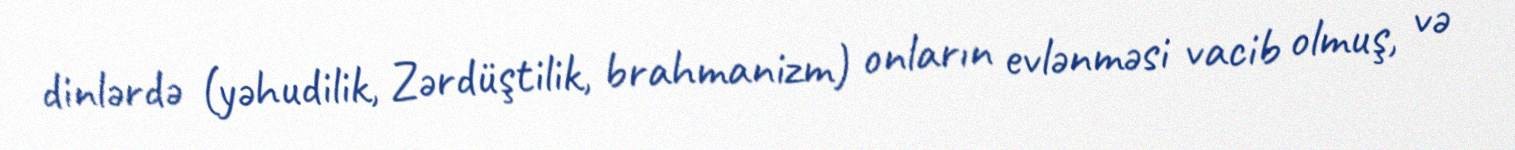
dinlərdə (yəhudilik, Zərdüştilik, brahmanizm) onların evlənməsi vacib olmuş, və